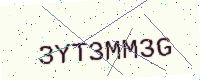
Text: 3YT3MM3G